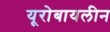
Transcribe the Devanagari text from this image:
यूरोबायलीन